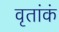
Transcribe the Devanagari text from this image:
वृतांकं